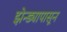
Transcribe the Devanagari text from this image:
झेन्ड्यापासून